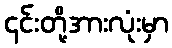
၎င်းတို့အားလုံးမှာ